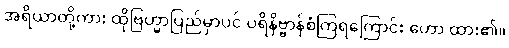
အရိယာတို့ကား ထိုဗြဟ္မာပြည်မှာပင် ပရိနိဗ္ဗာန်စံကြရကြောင်း ဟော ထား၏။